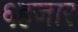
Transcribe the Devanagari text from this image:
६हजार